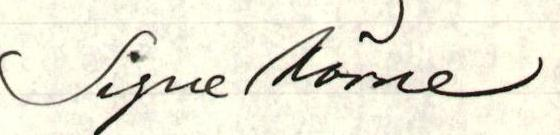
Signe Mörne